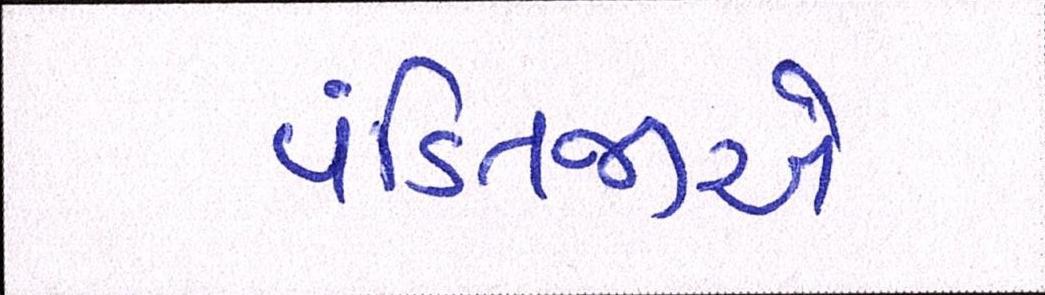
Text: પંડિતજીએ